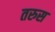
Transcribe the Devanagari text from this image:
तरुस